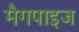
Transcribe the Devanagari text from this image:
मैगपाइज